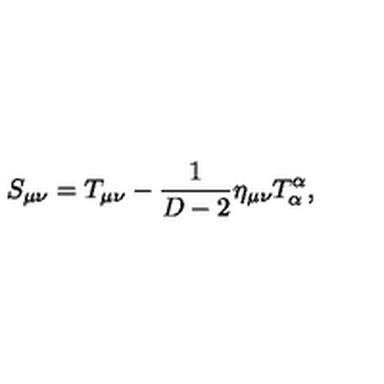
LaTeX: S _ { \mu \nu } = T _ { \mu \nu } - \frac { 1 } { D - 2 } \eta _ { \mu \nu } T _ { \alpha } ^ { \alpha } ,